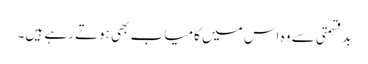
بدقسمتی سے وہ اس میں کامیاب بھی ہوتے رہے ہیں۔